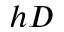
h D